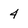
Character: 4